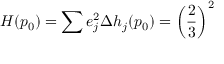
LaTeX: H ( p _ { 0 } ) = \sum e _ { j } ^ { 2 } \Delta h _ { j } ( p _ { 0 } ) = \left( \frac { 2 } { 3 } \right) ^ { 2 }